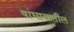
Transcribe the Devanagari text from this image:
षांघायातील